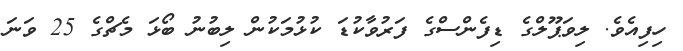
ހިފިއެވެ. ލިވަޕޫލްގެ ޑިފެންސްގެ ފަރުވާކުޑަ ކުޅުމަކުން ލިބުނު ބޯޅަ މެޗްގެ 25 ވަނަ